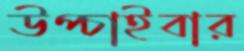
উপ্‌চাইবার